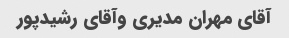
آقای مهران مدیری وآقای رشیدپور